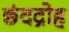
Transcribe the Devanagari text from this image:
छंदद्रोह